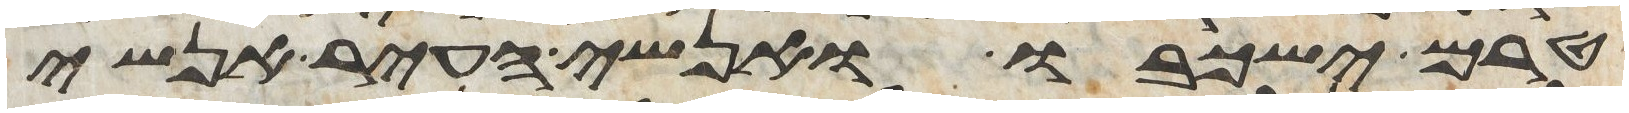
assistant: טרם ישכבו אנשי העיר אנשי